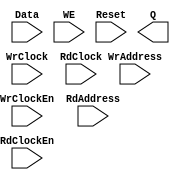
// --------------------------------------------------------------------
// >>>>>>>>>>>>>>>>>>>>>>>>> COPYRIGHT NOTICE <<<<<<<<<<<<<<<<<<<<<<<<<
// --------------------------------------------------------------------
// Copyright (c) 2005-2011 by Lattice Semiconductor Corporation
// --------------------------------------------------------------------
//
//
//                     Lattice Semiconductor Corporation
//                     5555 NE Moore Court
//                     Hillsboro, OR 97214
//                     U.S.A.
//
//                     TEL: 1-800-Lattice  (USA and Canada)
//                          1-408-826-6000 (other locations)
//
//                     web: http://www.latticesemi.com/
//
// --------------------------------------------------------------------
//
// Black Box definition for PMI Blocks
// fpga\verilog\pkg\versclibs\data\pmi\pmi_def.v 1.38 20-FEB-2014 15:15:03 FGAO2

module pmi_distributed_dpram 
  #(parameter pmi_addr_depth = 32,
    parameter pmi_addr_width = 5,
    parameter pmi_data_width = 8,
    parameter pmi_regmode = "reg",
    parameter pmi_init_file = "none",
    parameter pmi_init_file_format = "binary",
    parameter pmi_family = "EC",
    parameter module_type = "pmi_distributed_dpram")

    (
    input [(pmi_addr_width-1):0] WrAddress,
    input [(pmi_data_width-1):0] Data,
    input WrClock,
    input WE,
    input WrClockEn,
    input [(pmi_addr_width-1):0] RdAddress,
    input RdClock,
    input RdClockEn,
    input Reset,
    output [(pmi_data_width-1):0] Q)/* synthesis syn_black_box */;

endmodule // pmi_distributed_dpram

module pmi_addsub #(parameter pmi_data_width = 8,
		    parameter pmi_result_width = 8,
		    parameter pmi_sign = "off",
		    parameter pmi_family = "EC",
		    parameter module_type = "pmi_addsub"
		    )
  
  (
   input [pmi_data_width-1:0] DataA,
   input [pmi_data_width-1:0] DataB,
   input Cin,
   input Add_Sub,
   output [pmi_data_width-1:0] Result,
   output Cout,
   output Overflow)/*synthesis syn_black_box */;
endmodule // pmi_addsub

module pmi_ram_dp
  #(parameter pmi_wr_addr_depth = 512,
    parameter pmi_wr_addr_width = 9,
    parameter pmi_wr_data_width = 18,
    parameter pmi_rd_addr_depth = 512,
    parameter pmi_rd_addr_width = 9,
    parameter pmi_rd_data_width = 18,
    parameter pmi_regmode = "reg",
    parameter pmi_gsr = "disable",
    parameter pmi_resetmode = "sync",
    parameter pmi_optimization = "speed",
    parameter pmi_init_file = "none",
    parameter pmi_init_file_format = "binary",
    parameter pmi_family = "EC",
    parameter module_type = "pmi_ram_dp")
    
    (input [(pmi_wr_data_width-1):0] Data,
     input [(pmi_wr_addr_width-1):0] WrAddress,
     input [(pmi_rd_addr_width-1):0] RdAddress,
     input  WrClock,
     input  RdClock,
     input  WrClockEn,
     input  RdClockEn,
     input  WE,
     input  Reset,
     output [(pmi_rd_data_width-1):0]  Q) /*synthesis syn_black_box*/;

endmodule // pmi_ram_dp

module pmi_ram_dp_true
  #(parameter pmi_addr_depth_a = 512,
    parameter pmi_addr_width_a = 9,
    parameter pmi_data_width_a = 18,
    parameter pmi_addr_depth_b = 512,
    parameter pmi_addr_width_b = 9,
    parameter pmi_data_width_b = 18,
    parameter pmi_regmode_a = "reg",
    parameter pmi_regmode_b = "reg",
    parameter pmi_gsr = "disable",
    parameter pmi_resetmode = "sync",
    parameter pmi_optimization = "speed",
    parameter pmi_init_file = "none",
    parameter pmi_init_file_format = "binary",
    parameter pmi_write_mode_a = "normal",
    parameter pmi_write_mode_b = "normal",
    parameter pmi_family = "EC",
    parameter module_type = "pmi_ram_dp_true")
  
    (input [(pmi_data_width_a-1):0]	DataInA,
     input [(pmi_data_width_b-1):0]	DataInB,
     input [(pmi_addr_width_a-1):0] AddressA,
     input [(pmi_addr_width_b-1):0] AddressB,
     input  ClockA,
     input  ClockB,
     input  ClockEnA,
     input  ClockEnB,
     input  WrA,
     input  WrB,
     input  ResetA,
     input  ResetB,
     output [(pmi_data_width_a-1):0]  QA,
     output [(pmi_data_width_b-1):0]  QB)/*synthesis syn_black_box */;
   
endmodule // pmi_ram_dp_true

module pmi_ram_dq
  #(parameter pmi_addr_depth = 512,
    parameter pmi_addr_width = 9,
    parameter pmi_data_width = 18,
    parameter pmi_regmode = "reg",
    parameter pmi_gsr = "disable",
    parameter pmi_resetmode = "sync",
    parameter pmi_optimization = "speed",
    parameter pmi_init_file = "none",
    parameter pmi_init_file_format = "binary",
    parameter pmi_write_mode = "normal",
    parameter pmi_family = "EC",
    parameter module_type = "pmi_ram_dq")
    
    (input [(pmi_data_width-1):0]	Data,
     input [(pmi_addr_width-1):0] Address,
     input  Clock,
     input  ClockEn,
     input  WE,
     input  Reset,
     output [(pmi_data_width-1):0]  Q)/*synthesis syn_black_box*/;
   
endmodule // pmi_ram_dq

module pmi_fifo_dc #(
		     parameter pmi_data_width_w = 18,
		     parameter pmi_data_width_r = 18,
		     parameter pmi_data_depth_w = 256,
		     parameter pmi_data_depth_r = 256,
		     parameter pmi_full_flag = 256,
		     parameter pmi_empty_flag = 0,
		     parameter pmi_almost_full_flag = 252,
		     parameter pmi_almost_empty_flag = 4,
		     parameter pmi_regmode = "reg",
		     parameter pmi_resetmode = "async",
		     parameter pmi_family = "EC" ,
		     parameter module_type = "pmi_fifo_dc",
			  parameter pmi_implementation = "EBR"
		     )

  (input  [pmi_data_width_w-1:0] Data,
   input WrClock,
   input RdClock,
   input WrEn,
   input RdEn,
   input Reset,
   input RPReset,
   output [pmi_data_width_r-1:0] Q,
   output Empty,
   output Full,
   output AlmostEmpty,
   output AlmostFull)/*synthesis syn_black_box */;

endmodule // pmi_fifo_dc

module pmi_fifo #(
		     parameter pmi_data_width = 8,
		     parameter pmi_data_depth = 256,
		     parameter pmi_full_flag = 256,
		     parameter pmi_empty_flag = 0,
		     parameter pmi_almost_full_flag = 252,
		     parameter pmi_almost_empty_flag = 4,
		     parameter pmi_regmode = "reg",
		     parameter pmi_family = "EC" ,
		     parameter module_type = "pmi_fifo",
			  parameter pmi_implementation = "EBR")

  (input  [pmi_data_width-1:0] Data,
   input Clock,
   input WrEn,
   input RdEn,
   input Reset,
   output [pmi_data_width-1:0] Q,
   output Empty,
   output Full,
   output AlmostEmpty,
   output AlmostFull)/*synthesis syn_black_box */;

endmodule // pmi_fifo